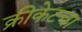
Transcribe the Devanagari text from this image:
क्रीकेटचा